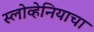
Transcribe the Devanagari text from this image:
स्लोव्हेनियाचा